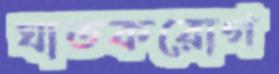
ঘাতকরোগ